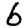
Digit: 6